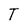
Character: T